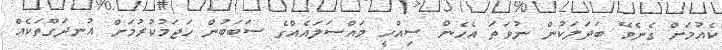
ކެއުމަށް ގެނެވޭ ބަދަލަކުން ނުވަތަ އެހެން ސިއްހީ މައްސަލައެއްގެ ސަބަބުން ހަޖަމުކުރުމަށް އުނދަގޫތަކެއް